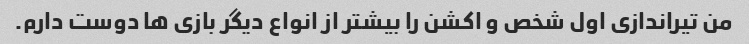
من تیراندازی اول شخص و اکشن را بیشتر از انواع دیگر بازی ها دوست دارم.